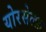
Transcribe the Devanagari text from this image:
योरसेल्फ़